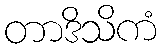
တာဒိသိကံ